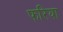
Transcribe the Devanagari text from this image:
फरिया